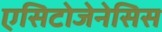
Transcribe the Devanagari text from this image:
एसिटोजेनेसिस